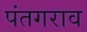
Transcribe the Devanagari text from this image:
पंतगराव